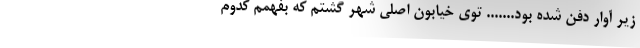
زير آوار دفن شده بود....... توي خيابون اصلي شهر گشتم كه بفهمم كدوم